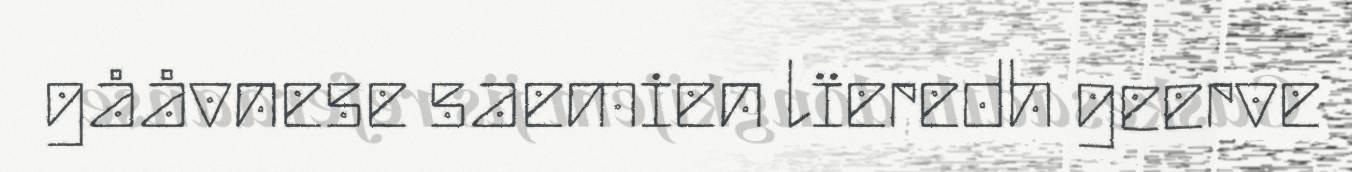
gååvnese saemien lïeredh geerve